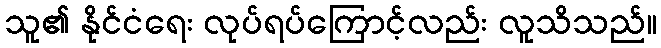
သူ၏ နိုင်ငံရေး လုပ်ရပ်ကြောင့်လည်း လူသိသည်။